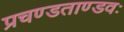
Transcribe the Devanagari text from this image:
प्रचण्डताण्डवः